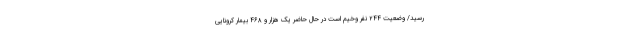
رسید/ وضعیت ۲۴۴ نفر وخیم است در حال حاضر یک هزار و ۴۶۸ بیمار کرونایی